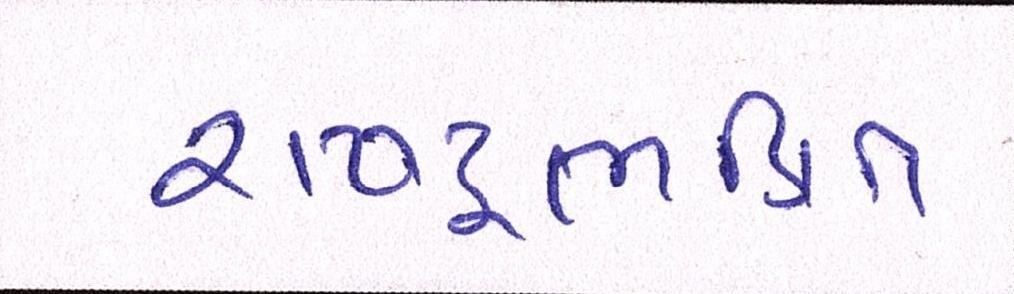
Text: રાષ્ટ્રભક્તિ